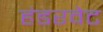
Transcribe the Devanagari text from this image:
हंडरवेट